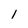
Character: l